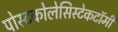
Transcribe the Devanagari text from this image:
पोस्टकोलेसिस्टेकटॉमी